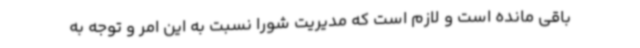
باقی مانده است و لازم است که مدیریت شورا نسبت به این امر و توجه به